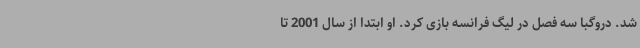
شد. دروگبا سه فصل در لیگ فرانسه بازی کرد. او ابتدا از سال 2001 تا